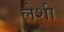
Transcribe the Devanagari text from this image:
लेशी